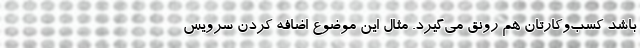
باشد کسب‌وکارتان هم رونق می‌گیرد. مثال این موضوع اضافه کردن سرویس